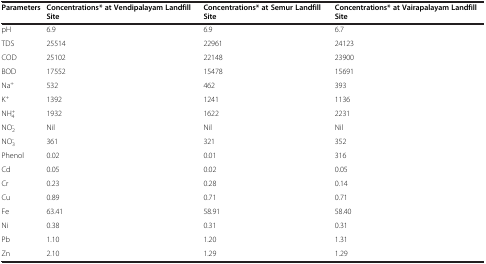
<table><thead><tr><td><b>Parameters</b></td><td><b>Concentrations* at Vendipalayam Landfill Site</b></td><td><b>Concentrations* at Semur Landfill Site</b></td><td><b>Concentrations* at Vairapalayam Landfill Site</b></td></tr></thead><tbody><tr><td>pH</td><td>6.9</td><td>6.9</td><td>6.7</td></tr><tr><td>TDS</td><td>25514</td><td>22961</td><td>24123</td></tr><tr><td>COD</td><td>25102</td><td>22148</td><td>23900</td></tr><tr><td>BOD</td><td>17552</td><td>15478</td><td>15691</td></tr><tr><td>Na<sup>+</sup></td><td>532</td><td>462</td><td>393</td></tr><tr><td>K<sup>+</sup></td><td>1392</td><td>1241</td><td>1136</td></tr><tr><td>NH<sub>4</sub><sup>+</sup></td><td>1932</td><td>1622</td><td>2231</td></tr><tr><td>NO<sub>2</sub><sup>-</sup></td><td>Nil</td><td>Nil</td><td>Nil</td></tr><tr><td>NO<sub>3</sub><sup>-</sup></td><td>361</td><td>321</td><td>352</td></tr><tr><td>Phenol</td><td>0.02</td><td>0.01</td><td>316</td></tr><tr><td>Cd</td><td>0.05</td><td>0.02</td><td>0.05</td></tr><tr><td>Cr</td><td>0.23</td><td>0.28</td><td>0.14</td></tr><tr><td>Cu</td><td>0.89</td><td>0.71</td><td>0.71</td></tr><tr><td>Fe</td><td>63.41</td><td>58.91</td><td>58.40</td></tr><tr><td>Ni</td><td>0.38</td><td>0.31</td><td>0.31</td></tr><tr><td>Pb</td><td>1.10</td><td>1.20</td><td>1.31</td></tr><tr><td>Zn</td><td>2.10</td><td>1.29</td><td>1.29</td></tr></tbody></table>